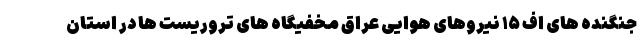
جنگنده های اف ۱۵ نیروهای هوایی عراق مخفیگاه های تروریست ها در استان